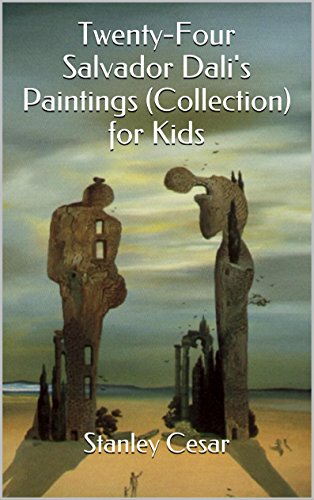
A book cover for Twenty-Four Salvador Dali's Paintings (Collection) for Kids; Stanley Cesar; Cookbooks, Food & Wine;